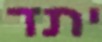
יתד